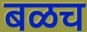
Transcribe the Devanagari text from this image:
बळच